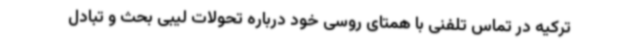
ترکیه در تماس تلفنی با همتای روسی خود درباره تحولات لیبی بحث و تبادل